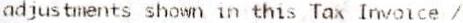
ADJUSTMENTS SHOWN IN THIS TAX INVOICE /